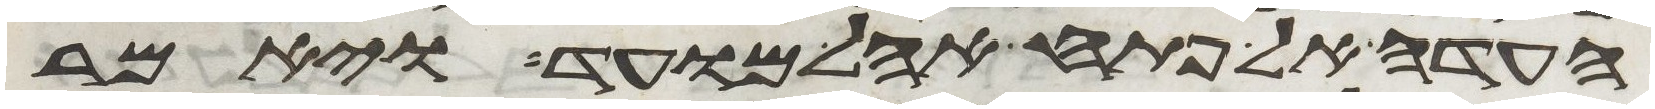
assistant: העדה אל פתח אהל מועד ויאמר